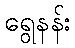
ရွေနန်း